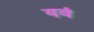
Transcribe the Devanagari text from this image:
यवं